Insane asylums Bombay 1873-77 - 1873-1877
Year: 1873
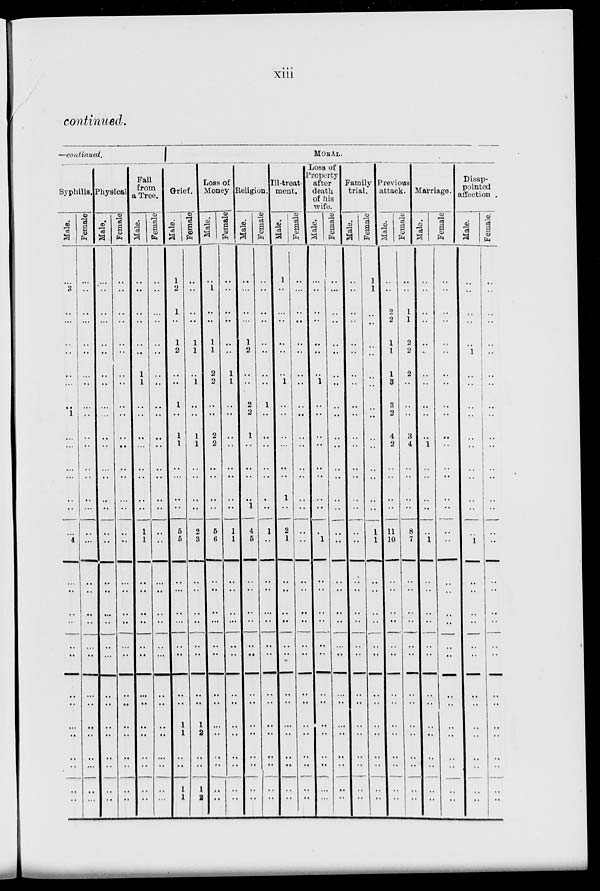
xiii
continued.
—continued.
Syphilis.
Male.
...
3
..
..
..
..
..
..
..
1
..
...
...
..
..
..
..
4
..
..
..
..
..
..
..
..
..
..
..
..
..
..
Female.
...
..
..
..
..
..
..
..
..
..
..
..
..
..
..
..
..
..
..
..
..
..
..
..
..
..
..
..
..
..
..
...
Physical
Male.
...
..
..
..
..
..
..
..
..
..
..
..
..
..
..
..
..
..
..
..
..
..
..
..
..
..
..
..
..
..
..
..
Female.
..
..
..
..
..
..
..
..
..
..
..
..
..
..
..
..
..
.. ..
..
..
..
..
..
..
..
..
..
..
..
..
Fall
from
a Tree.
Male.
..
..
..
..
..
..
1
1
..
..
..
...
..
..
..
..
1
1
..
..
..
..
..
..
..
..
..
..
..
..
..
..
Female.
..
..
..
..
..
..
..
..
..
..
..
..
..
..
..
..
..
..
..
..
..
..
..
..
..
..
..
..
..
..
..
..
MORAL.
Grief.
Male.
1
2
1
..
1
2
..
..
1
..
1
1
..
..
..
..
5
5
..
..
..
..
..
..
..
..
1
1
..
..
1
1
Female.
..
..
..
..
1
1
..
1
..
..
1
1
..
..
..
..
2
3
..
..
..
..
..
..
..
1
2
..
..
1
2
Loss of
Money
Male.
..
1
..
..
1
1
2
2
..
..
2
2
..
..
..
..
5
6
..
..
..
..
..
..
..
..
..
..
..
..
..
..
Female.
..
..
..
..
..
..
1
1
..
..
..
..
..
..
..
..
1
1
..
..
..
..
..
..
..
..
..
..
..
..
..
..
Religion.
Male.
..
...
..
..
1
2
..
..
2
2
1
..
..
..
..
1
4
5
..
..
..
..
..
..
..
..
..
..
..
..
..
..
Female.
..
..
..
..
..
..
..
..
1
..
..
..
..
..
..
..
1
..
..
..
..
..
..
..
..
..
..
..
..
..
..
..
Ill-treat-
ment.
Male.
1
..
..
..
..
..
..
1
..
..
..
..
..
..
1
..
2
1
..
..
..
..
..
..
..
..
..
..
..
..
..
..
Female.
..
..
..
..
..
..
..
..
..
..
..
..
..
..
..
..
..
..
..
..
..
..
..
..
..
..
..
..
..
..
..
..
Loss of
Property
after
death
of his
wife.
Male.
..
..
..
..
..
..
..
1
..
..
..
..
..
..
..
..
..
1
..
..
..
..
..
..
..
..
..
..
..
..
..
..
Female.
..
..
..
..
..
..
..
..
..
..
..
..
..
..
..
..
..
..
..
..
..
..
..
..
..
..
..
..
..
..
..
..
Family
trial.
Male.
..
..
..
..
..
..
..
..
..
..
..
..
..
..
..
..
..
..
..
..
..
..
..
..
..
..
..
..
..
..
..
..
Female
1
1
..
..
..
..
..
..
..
..
..
..
..
..
..
1
1
..
..
..
..
..
..
..
..
..
..
..
..
..
..
Previous
attack.
Male.
..
..
2
2
1
1
1
3
3
2
4
2
..
..
..
..
11
10
..
..
..
..
..
..
..
..
..
..
..
..
..
..
Female
..
..
1
1
2
2
2
..
..
..
3
4
..
..
..
..
8
7
..
..
..
..
..
..
..
..
..
..
..
..
..
..
Marriage.
Male.
..
..
..
..
..
..
..
..
..
..
..
1
..
..
..
..
..
1
..
..
..
..
..
..
..
..
..
..
..
..
..
..
Female.
..
..
..
..
..
..
..
..
..
..
..
..
..
..
..
..
..
..
..
..
..
..
..
..
..
..
..
..
..
..
..
..
Disap-
pointed
affection.
Male.
..
..
..
..
..
1
..
..
..
..
..
..
....
..
..
..
..
1
..
..
..
..
..
..
..
..
..
..
..
..
..
..
Female.
..
..
..
..
..
..
..
..
..
..
..
..
..
..
..
..
..
..
..
..
..
..
..
..
..
..
..
..
..
..
..
..